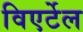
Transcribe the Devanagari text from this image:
विएर्टेल